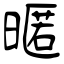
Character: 暱